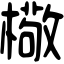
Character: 㯳